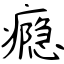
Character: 瘾